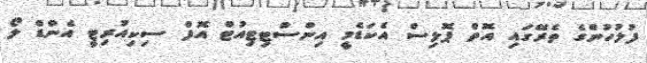
ފުލުހުންގެ ތެރޭގައި އޮތް ޕޮލިސް އެކަޑެމީ އިންސްޓިޓިއުޓް އޮފް ސިކިއުރިޓީ އެންޑް ލޯ